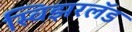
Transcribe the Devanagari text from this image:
स्विझरलॅड